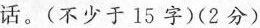
话。(不少于15字)(2分)